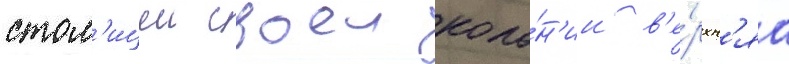
стол'ицеи своеи коло́н'ии в'е́рхн'яа